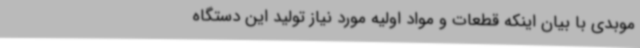
موبدی با بیان اینکه قطعات و مواد اولیه مورد نیاز تولید این دستگاه